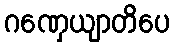
ဂဏှေယျာတိပေ